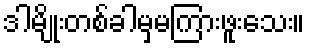
ဒါမျိုးတစ်ခါမှမကြားဖူးသေး။